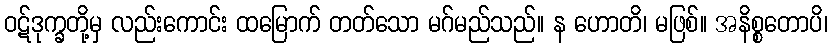
ဝဋ်ဒုက္ခတို့မှ လည်းကောင်း ထမြောက် တတ်သော မဂ်မည်သည်။ န ဟောတိ၊ မဖြစ်။ အနိစ္စတောပိ၊